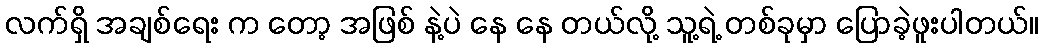
လက်ရှိ အချစ်ရေး က တော့ အဖြစ် နဲ့ပဲ နေ နေ တယ်လို့ သူ့ရဲ့ တစ်ခုမှာ ပြောခဲ့ဖူးပါတယ်။